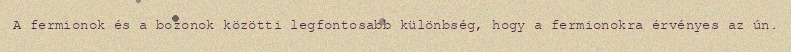
A fermionok és a bozonok közötti legfontosabb különbség, hogy a fermionokra érvényes az ún.